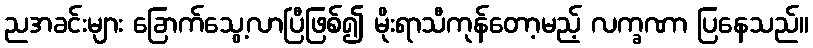
ညအခင်းများ ခြောက်သွေ့လာပြီဖြစ်၍ မိုးရာသီကုန်တော့မည့် လက္ခဏာ ပြနေသည်။